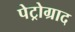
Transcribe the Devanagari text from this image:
पेट्रोग्राद